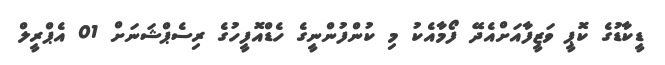
ޑީކާޑުގެ ކޮޕީ ވަޒީފާއަށްއެދޭ ފޯމާއެކު މި ކުންފުންނީގެ ހެޑްއޮފީހުގެ ރިސެޕްޝަނަށް 01 އެޕްރީލް